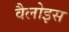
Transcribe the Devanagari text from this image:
वैलोइस